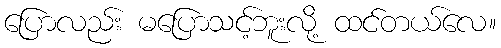
ပြောလည်း မပြောသင့်ဘူးလို့ ထင်တယ်လေ။